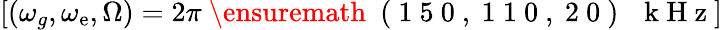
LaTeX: \left[(\omega_{g},\omega_{\mathrm{e}},\Omega)=2\pi\mathrm{{~\ensuremath{~}{~(~1~5~0~,~1~1~0~,~2~0~)~}~\, ~k~H~z~}}\right]